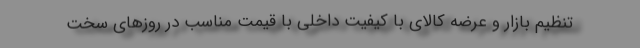
تنظیم بازار و عرضه کالای با کیفیت داخلی با قیمت مناسب در روزهای سخت